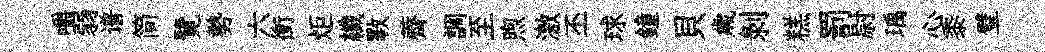
嚼弱谱简覽勢六衝炬纖斁薺調至煦激丕球鐘貝歳剝糕罰尉瑀心黍璧